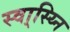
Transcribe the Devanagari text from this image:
स्वा्स्य्नि